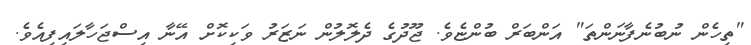
"ތިހެން ނުބުނެފާނަންތަ" އަންބަރް ބުންޏެވެ. ޖޫދުގެ ދެލޮލުން ނަޒަރު ވަކިކޮށް އޭނާ އިސްޖަހާލައިފިއެވެ.